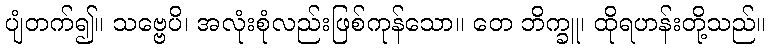
ပျံတက်၍။ သဗ္ဗေပိ၊ အလုံးစုံလည်းဖြစ်ကုန်သော။ တေ ဘိက္ခူ၊ ထိုရဟန်းတို့သည်။